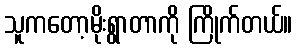
သူကတော့မိုးရွာတာကို ကြိုက်တယ်။